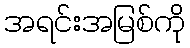
အရင်းအမြစ်ကို